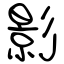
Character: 影